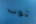
توب